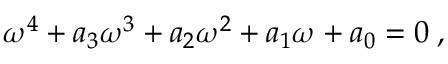
{ \omega } ^ { 4 } + a _ { 3 } { \omega } ^ { 3 } + a _ { 2 } { \omega } ^ { 2 } + a _ { 1 } { \omega } + a _ { 0 } = 0 \; ,